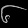
Digit: ၆